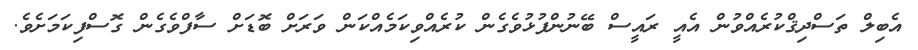
އެބިލް ތަސްދިޤްކުރެއްވުން އެއީ ރައީސް ބޭނުންފުޅުވެގެން ކުރެއްވިކަމެއްކަން ވަރަށް ބޮޑަށް ސާފްވެގެން ގޮސްފިކަމަށެވެ.